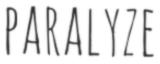
PARALYZE